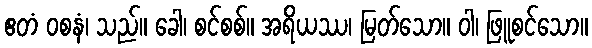
ဧတံ ဝစနံ၊ သည်။ ခေါ၊ စင်စစ်။ အရိယဿ၊ မြတ်သော။ ဝါ၊ ဖြူစင်သော။